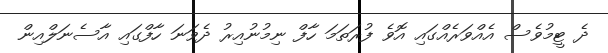
ދެ ޓީމުވެސް އެއްވަރެއްގައި އޮވެ ފުރަތަމަ ހާފް ނިމުނުއިރު ދެވަނަ ހާފްގައި އާސެނަލްއިން